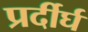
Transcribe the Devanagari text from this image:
प्रर्दीर्घ